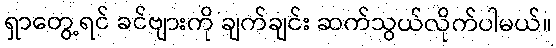
ရှာတွေ့ရင် ခင်ဗျားကို ချက်ချင်း ဆက်သွယ်လိုက်ပါမယ်။